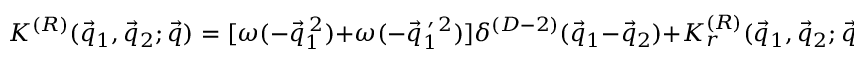
K ^ { ( R ) } ( \vec { q } _ { 1 } , \vec { q } _ { 2 } ; \vec { q } ) = [ \omega ( - \vec { q } _ { 1 } ^ { \: 2 } ) + \omega ( - \vec { q } _ { 1 } ^ { \: \prime \: 2 } ) ] \delta ^ { ( D - 2 ) } ( \vec { q } _ { 1 } - \vec { q } _ { 2 } ) + K _ { r } ^ { ( R ) } ( \vec { q } _ { 1 } , \vec { q } _ { 2 } ; \vec { q } ) \; ,